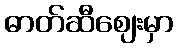
ဓာတ်ဆီဈေးမှာ